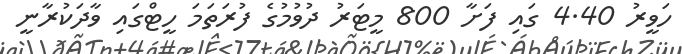
ހަވީރު 4.40 ގައި ފަށާ 800 މީޓަރު ދުވުމުގެ ފުރަތަމަ ހީޓްގައި ވާދަކުރާނީ